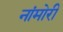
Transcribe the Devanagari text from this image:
नांमोरी